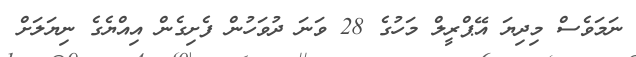
ނަމަވެސް މިދިޔަ އޭޕްރީލް މަހުގެ 28 ވަނަ ދުވަހުން ފެށިގެން އިއްޔެގެ ނިޔަލަށް